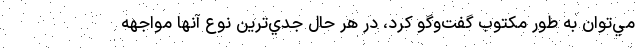
مي‌توان به ‌طور مكتوب گفت‌وگو كرد، در هر حال جدي‌ترين نوع آنها مواجهه